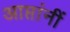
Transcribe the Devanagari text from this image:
आप्तांनीं